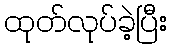
ထုတ်လုပ်ခဲ့ပြီး